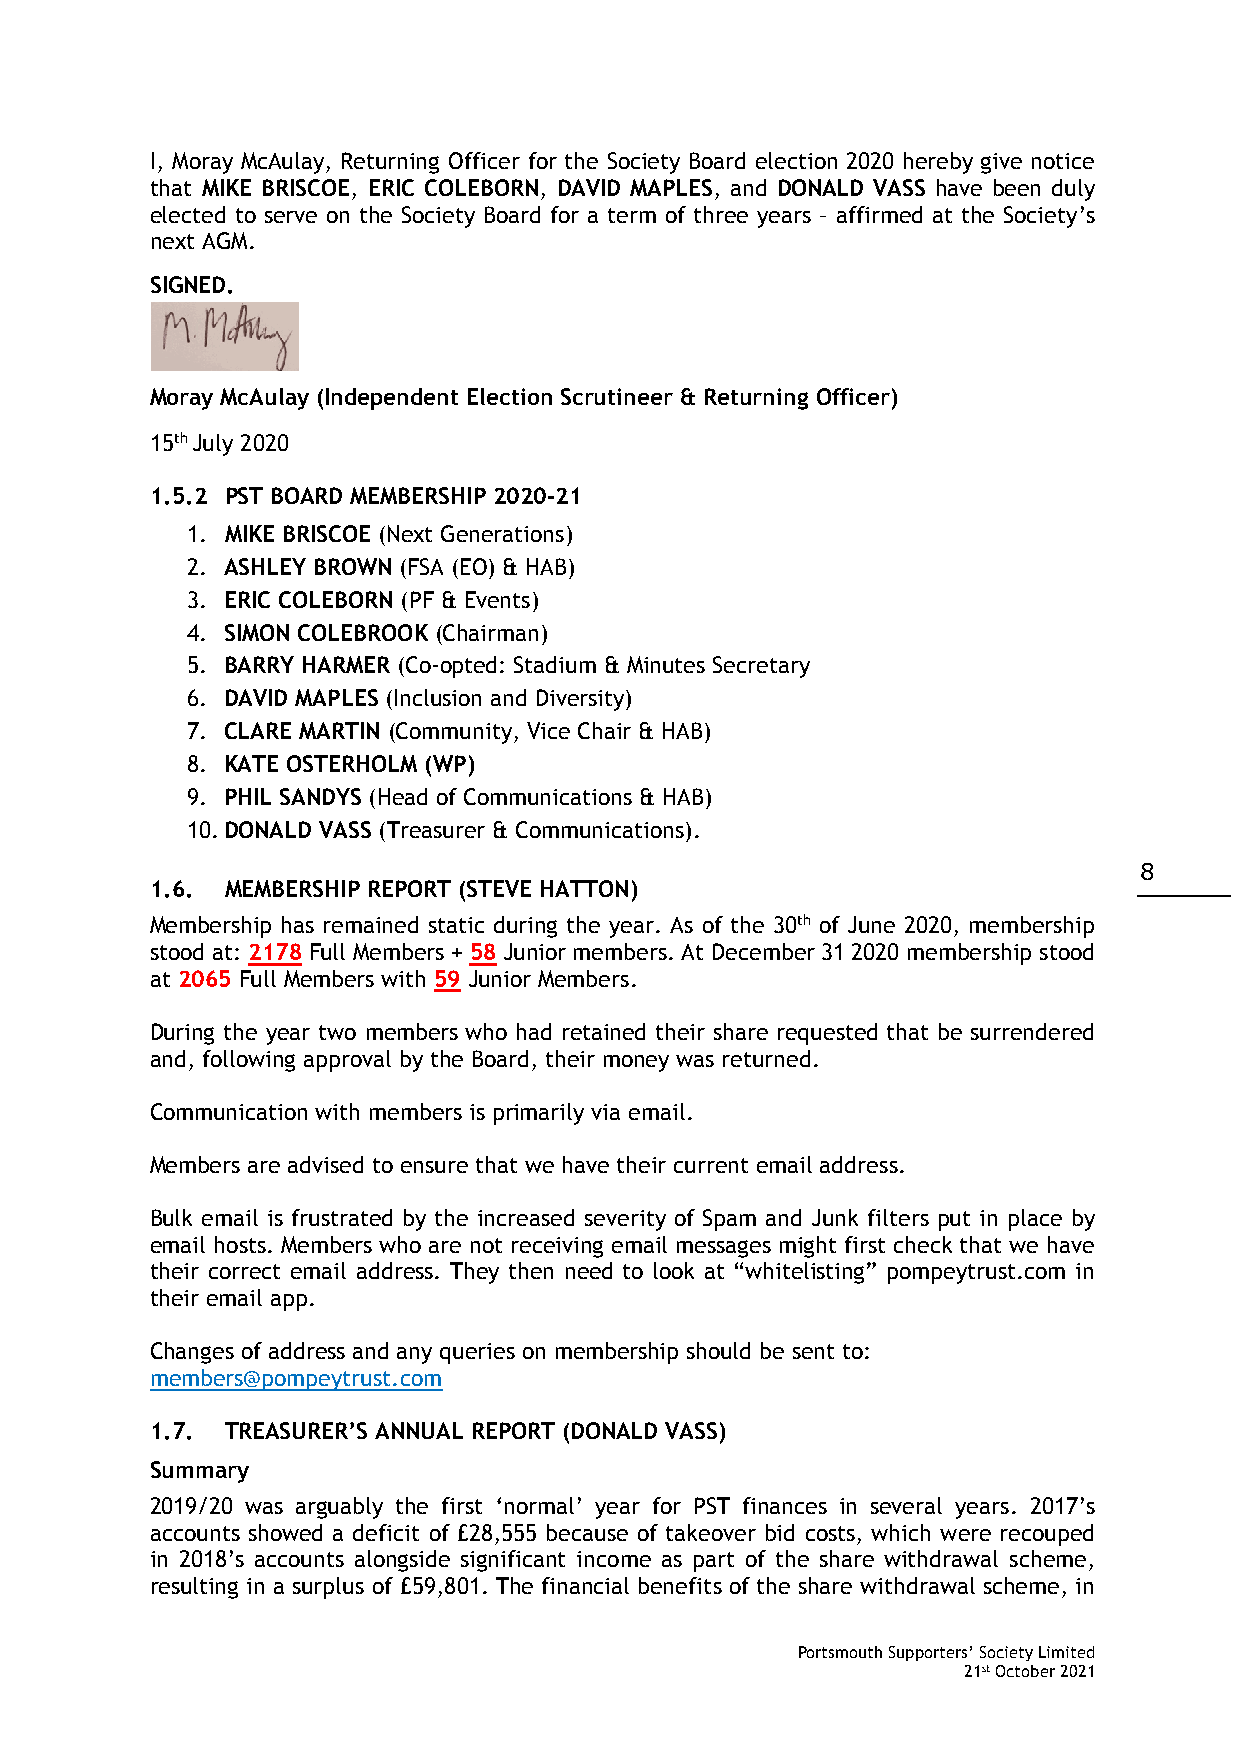
I, Moray McAulay, Returning Officer for the Society Board election 2020 hereby give notice
 that MIKE BRISCOE, ERIC COLEBORN, DAVID MAPLES, and DONALD VASS have been duly
 elected to serve on the Society Board for a term of three years – affirmed at the Society’s
 next AGM.
 SIGNED.
 Moray McAulay (Independent Election Scrutineer & Returning Officer)
 15th July 2020
 1.5.2 PST BOARD MEMBERSHIP 2020-21
 1. MIKE BRISCOE (Next Generations)
 2. ASHLEY BROWN (FSA (EO) & HAB)
 3. ERIC COLEBORN (PF & Events)
 4. SIMON COLEBROOK (Chairman)
 5. BARRY HARMER (Co-opted: Stadium & Minutes Secretary
 6. DAVID MAPLES (Inclusion and Diversity)
 7. CLARE MARTIN (Community, Vice Chair & HAB)
 8. KATE OSTERHOLM (WP)
 9. PHIL SANDYS (Head of Communications & HAB)
 10. DONALD VASS (Treasurer & Communications).
 8
 1.6. MEMBERSHIP REPORT (STEVE HATTON)
 Membership has remained static during the year. As of the 30th of June 2020, membership
 stood at: 2178 Full Members + 58 Junior members. At December 31 2020 membership stood
 at 2065 Full Members with 59 Junior Members.
 During the year two members who had retained their share requested that be surrendered
 and, following approval by the Board, their money was returned.
 Communication with members is primarily via email.
 Members are advised to ensure that we have their current email address.
 Bulk email is frustrated by the increased severity of Spam and Junk filters put in place by
 email hosts. Members who are not receiving email messages might first check that we have
 their correct email address. They then need to look at “whitelisting” pompeytrust.com in
 their email app.
 Changes of address and any queries on membership should be sent to:
 members@pompeytrust.com
 1.7. TREASURER’S ANNUAL REPORT (DONALD VASS)
 Summary
 2019/20 was arguably the first ‘normal’ year for PST finances in several years. 2017’s
 accounts showed a deficit of £28,555 because of takeover bid costs, which were recouped
 in 2018’s accounts alongside significant income as part of the share withdrawal scheme,
 resulting in a surplus of £59,801. The financial benefits of the share withdrawal scheme, in
 Portsmouth Supporters’ Society Limited
 21st October 2021